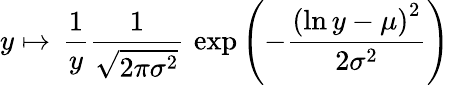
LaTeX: y\mapsto\, {\frac{1}{y}}{\frac{1}{\sqrt{2\pi\sigma^{2}}}}\, \exp\left(-{\frac{\left(\ln y-\mu\right)^{2}}{2\sigma^{2}}}\right)